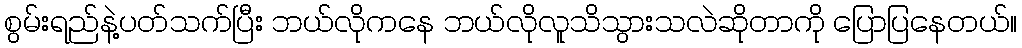
စွမ်းရည်နဲ့ပတ်သက်ပြီး ဘယ်လိုကနေ ဘယ်လိုလူသိသွားသလဲဆိုတာကို ပြောပြနေတယ်။